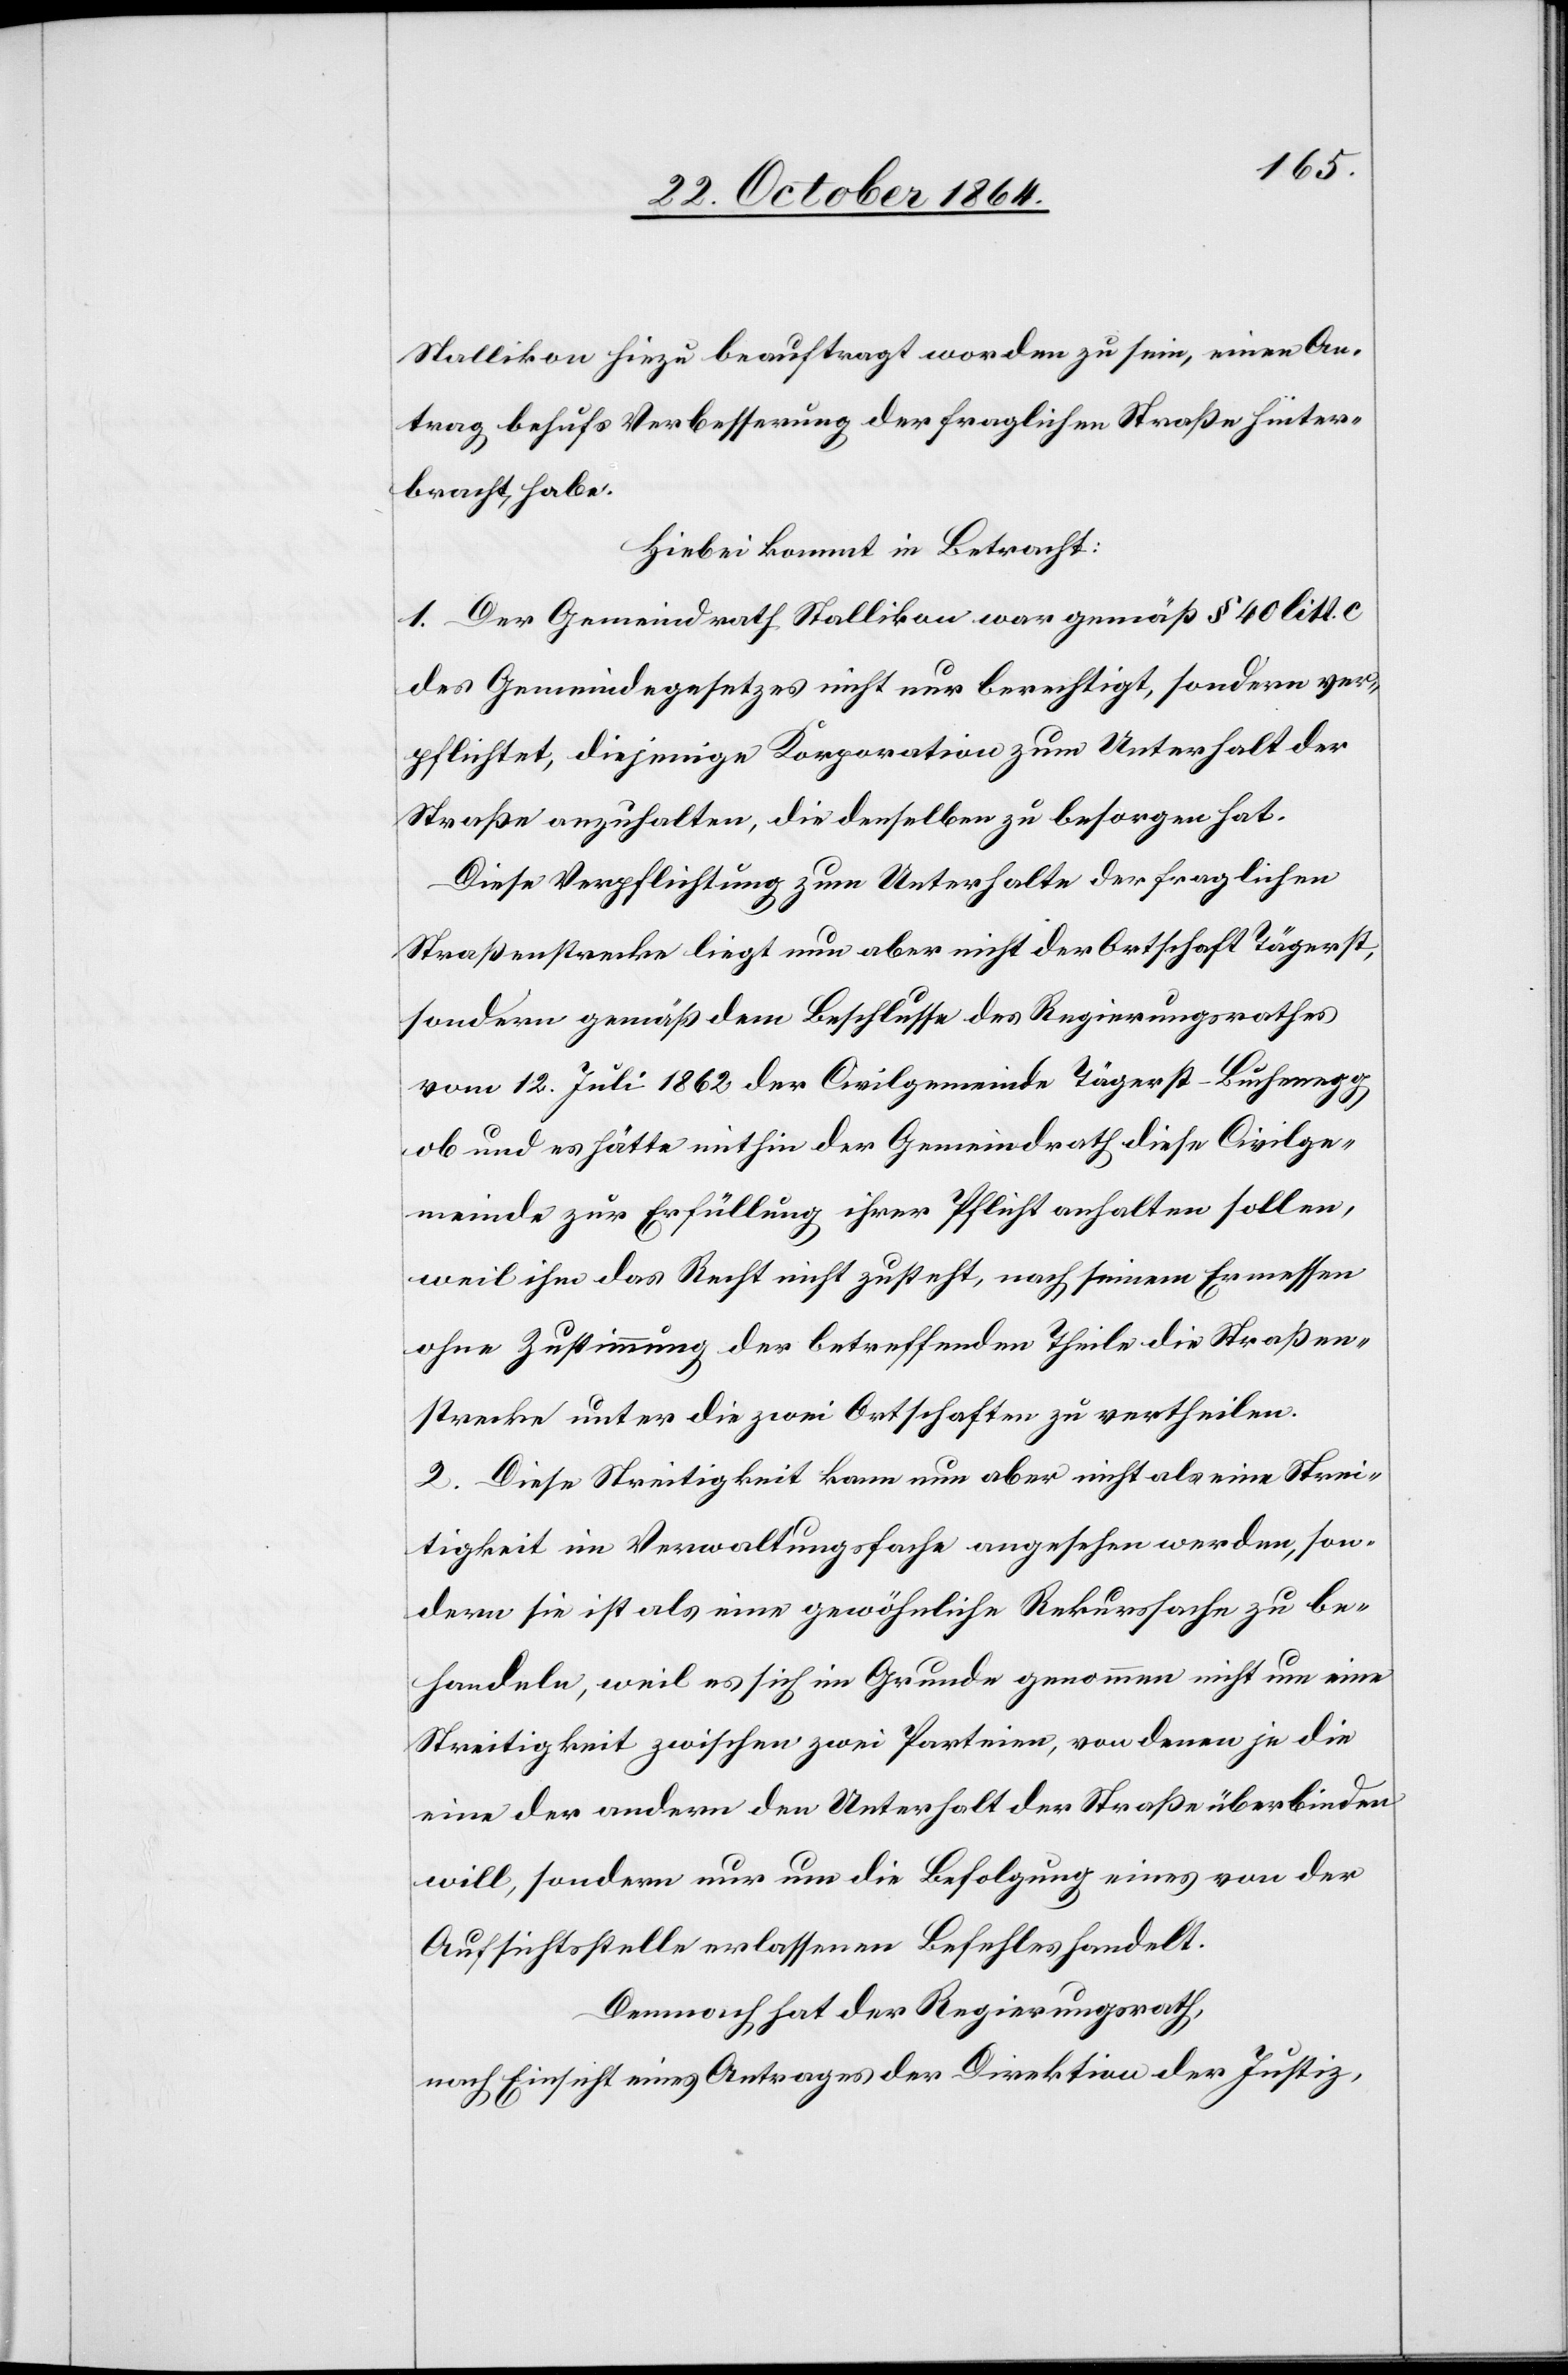
Stallikon hiezu beauftragt worden zu sein, einen An¬
trag behufs Verbesserung der fraglichen Straße hinter¬
bracht habe.
Hiebei kommt in Betracht:
1. Der Gemeindrath Stallikon war gemäß § 40 litt. c
des Gemeindegesetzes nicht nur berechtigt, sondern ver¬
pflichtet, diejenige Korporation zum Unterhalt der
Straße anzuhalten, die denselben zu besorgen hat.
Diese Verpflichtung zum Unterhalte der fraglichen
Straßenstrecke liegt nun aber nicht der Ortschaft Tägerst,
sondern gemäß dem Beschlusse des Regierungsrathes
vom 12. Juli 1863 der Civilgemeinde Tägerst-Buchenegg
ob und es hätte mithin der Gemeindrath diese Civilge¬
meinde zur Erfüllung ihrer Pflichten anhalten sollen,
weil ihm das Recht nicht zusteht, nach seinem Ermessen
ohne Zustimmung der betreffenden Theile die Straßen¬
strecke unter die zwei Ortschaften zu vertheilen.
2. Diese Streitigkeit kann nun aber nicht als eine Strei¬
tigkeit im Verwaltungsfache angesehen werden, son¬
dern sie ist als eine gewöhnliche Rekurssache zu be¬
handeln, weil es sich im Grunde genommen nicht um eine
Streitigkeit zwischen zwei Parteien, von denen je die
eine der andern den Unterhalt der Straße überbinden
will, sondern nur um die Befolgung eines von der
Aufsichtsstelle erlassenen Befehles handelt.
Demnach hat der Regierungsrath,
nach Einsicht eines Antrages der Direktion der Justiz,